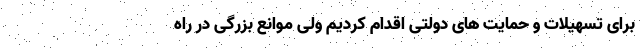
برای تسهیلات و حمایت های دولتی اقدام کردیم ولی موانع بزرگی در راه